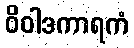
ဝိဝါဒကာရကံ